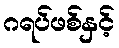
ဂရပ်ဖစ်နှင့်